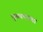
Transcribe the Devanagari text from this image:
घुसडण्याचा